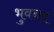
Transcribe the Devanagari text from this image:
भुवनद